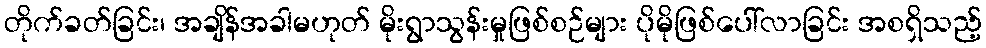
တိုက်ခတ်ခြင်း၊ အချိန်အခါမဟုတ် မိုးရွာသွန်းမှုဖြစ်စဉ်များ ပိုမိုဖြစ်ပေါ်လာခြင်း အစရှိသည့်